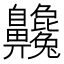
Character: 𪗂